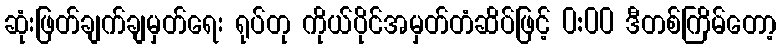
ဆုံးဖြတ်ချက်ချမှတ်ရေး ရုပ်တု ကိုယ်ပိုင်အမှတ်တံဆိပ်ဖြင့် 0:00 ဒီတစ်ကြိမ်တော့